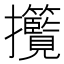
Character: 𢺮